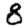
Digit: 8